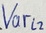
Text: Varl2